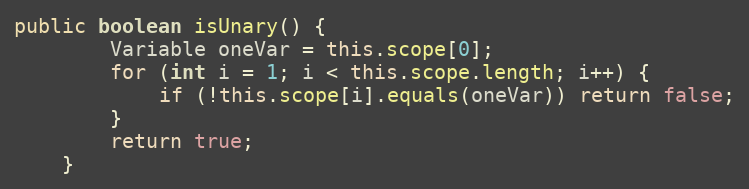
Language: Java
public boolean isUnary() {
		Variable oneVar = this.scope[0];
		for (int i = 1; i < this.scope.length; i++) {
			if (!this.scope[i].equals(oneVar)) return false;
		}
		return true;
	}